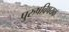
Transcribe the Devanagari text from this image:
पुरुषविषयक